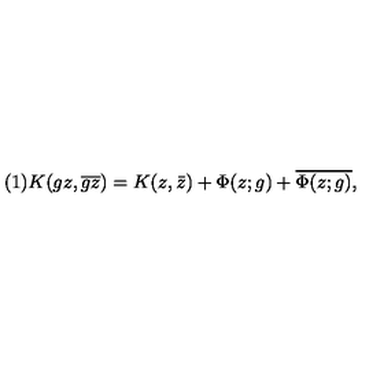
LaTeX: ( 1 ) K ( g z , \overline { { g z } } ) = K ( z , \bar { z } ) + \Phi ( z ; g ) + \overline { { \Phi ( z ; g ) } } ,